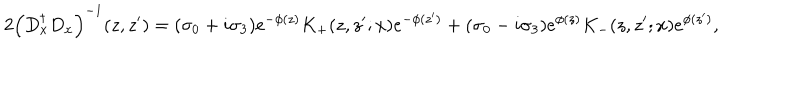
2 \left( D _ { x } ^ { \dagger } D _ { x } \right) ^ { - 1 } ( z , z ^ { \prime } ) = ( \sigma _ { 0 } + i \sigma _ { 3 } ) e ^ { - \phi ( z ) } K _ { + } ( z , z ^ { \prime } ; x ) e ^ { - \phi ( z ^ { \prime } ) } + ( \sigma _ { 0 } - i \sigma _ { 3 } ) e ^ { \phi ( z ) } K _ { - } ( z , z ^ { \prime } ; x ) e ^ { \phi ( z ^ { \prime } ) } ,